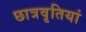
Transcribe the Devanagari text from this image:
छात्रवृतियां